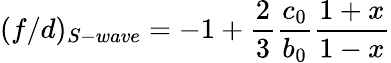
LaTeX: (f/d)_{S-wave}=-1+\frac{2}{3}\frac{c_{0}}{b_{0}}\frac{1+x}{1-x}